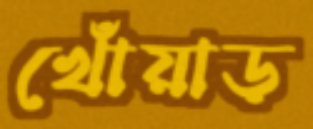
খোঁয়াড়